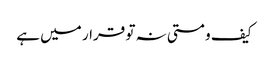
کیف و مستی نہ تو قرار میں ہے